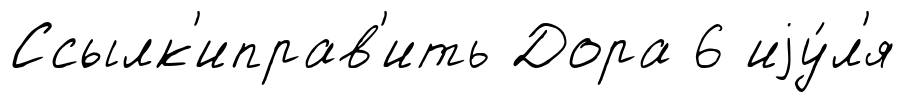
Ссылк'иправ'ить Дора 6 иjу́л'я